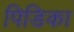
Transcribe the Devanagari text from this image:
पिडिका